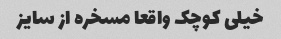
خیلی کوچک واقعا مسخره از سایز